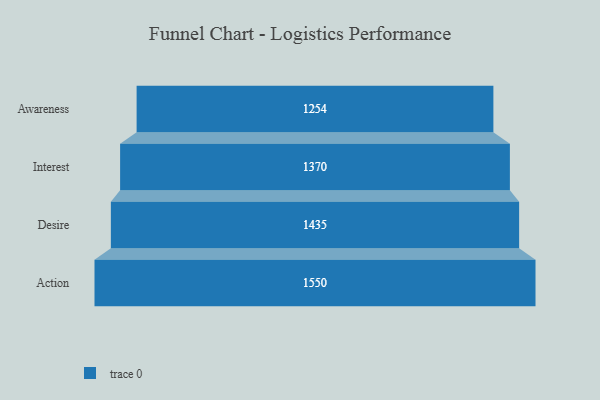
{"axis": {"x": "Stage", "y": "Value"}, "legend": [""], "data": [{"x": "Awareness", "y": 1254.0, "type": ""}, {"x": "Interest", "y": 1370.0, "type": ""}, {"x": "Desire", "y": 1435.0, "type": ""}, {"x": "Action", "y": 1550.0, "type": ""}]}